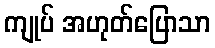
ကျုပ် အဟုတ်ပြောသာ